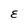
Character: E